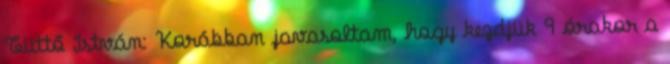
Tüttő István: Korábban javasoltam, hogy kezdjük 9 órakor a